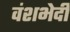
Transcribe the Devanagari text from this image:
वंशभेदी